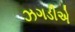
ઝગડીએ